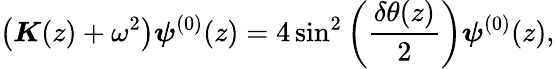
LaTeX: \big(\boldsymbol{K}(z)+\omega^{2}\big)\boldsymbol{\psi}^{(0)}(z)=4\sin^{2}\left(\frac{\delta\theta(z)}{2}\right)\boldsymbol{\psi}^{(0)}(z),